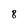
Character: 8